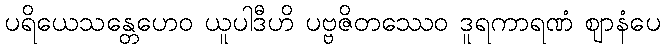
ပရိယေသန္တေဟေဝ ယူပါဒီဟိ ပဗ္ဗဇိတဿေဝ ဒူရကာရဏံ ဈာနံပေ